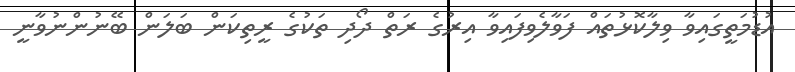
އުޑުމަތީގައިވާ ވިލާކޮޅުތައް ފަވާލެވިފައިވާ އިރުގެ ރަތް ދޯދި ތަކުގެ ރީތިކަން ބަލަން ބޭނުންނުވާނީ